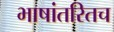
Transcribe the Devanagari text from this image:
भाषांतरितच